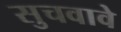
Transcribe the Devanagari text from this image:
सुचवावे